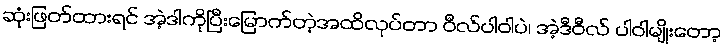
ဆုံးဖြတ်ထားရင် အဲ့ဒါကိုပြီးမြောက်တဲ့အထိလုပ်တာ ဝီလ်ပါဝါပဲ၊ အဲ့ဒီဝီလ် ပါဝါမျိုးတော့